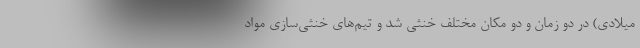
میلادی) در دو زمان و دو مکان مختلف خنثی شد و تیم‌های خنثی‌سازی مواد